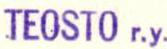
TEOSTO r.y.